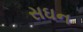
સઘન